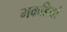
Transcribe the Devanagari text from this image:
मकडियां